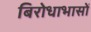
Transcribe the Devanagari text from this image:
बिरोधाभासों